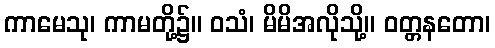
ကာမေသု၊ ကာမတို့၌။ ဝသံ၊ မိမိအလိုသို့။ ဝတ္တနတော၊